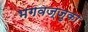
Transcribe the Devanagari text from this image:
भगवज्जुका